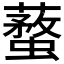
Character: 𧒚